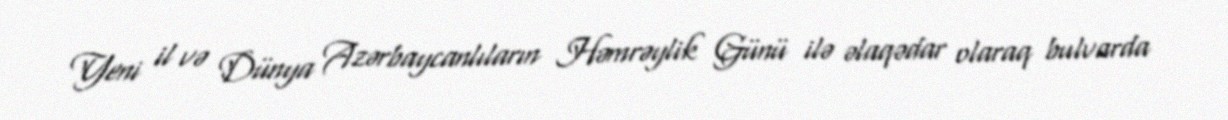
Yeni il və Dünya Azərbaycanlıların Həmrəylik Günü ilə əlaqədar olaraq bulvarda